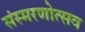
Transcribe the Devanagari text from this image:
संस्मरणोत्सव